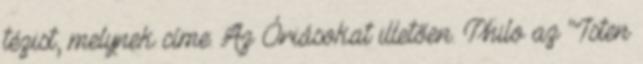
tézist, melynek címe: Az Óriásokat illetően. Philo az "Isten